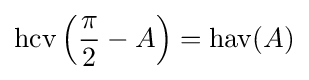
\operatorname {hcv} \left({\frac {\pi }{2}}-A\right)=\operatorname {hav} (A)